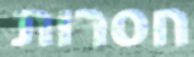
חסרות